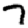
Digit: 7